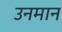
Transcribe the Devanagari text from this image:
उनमान